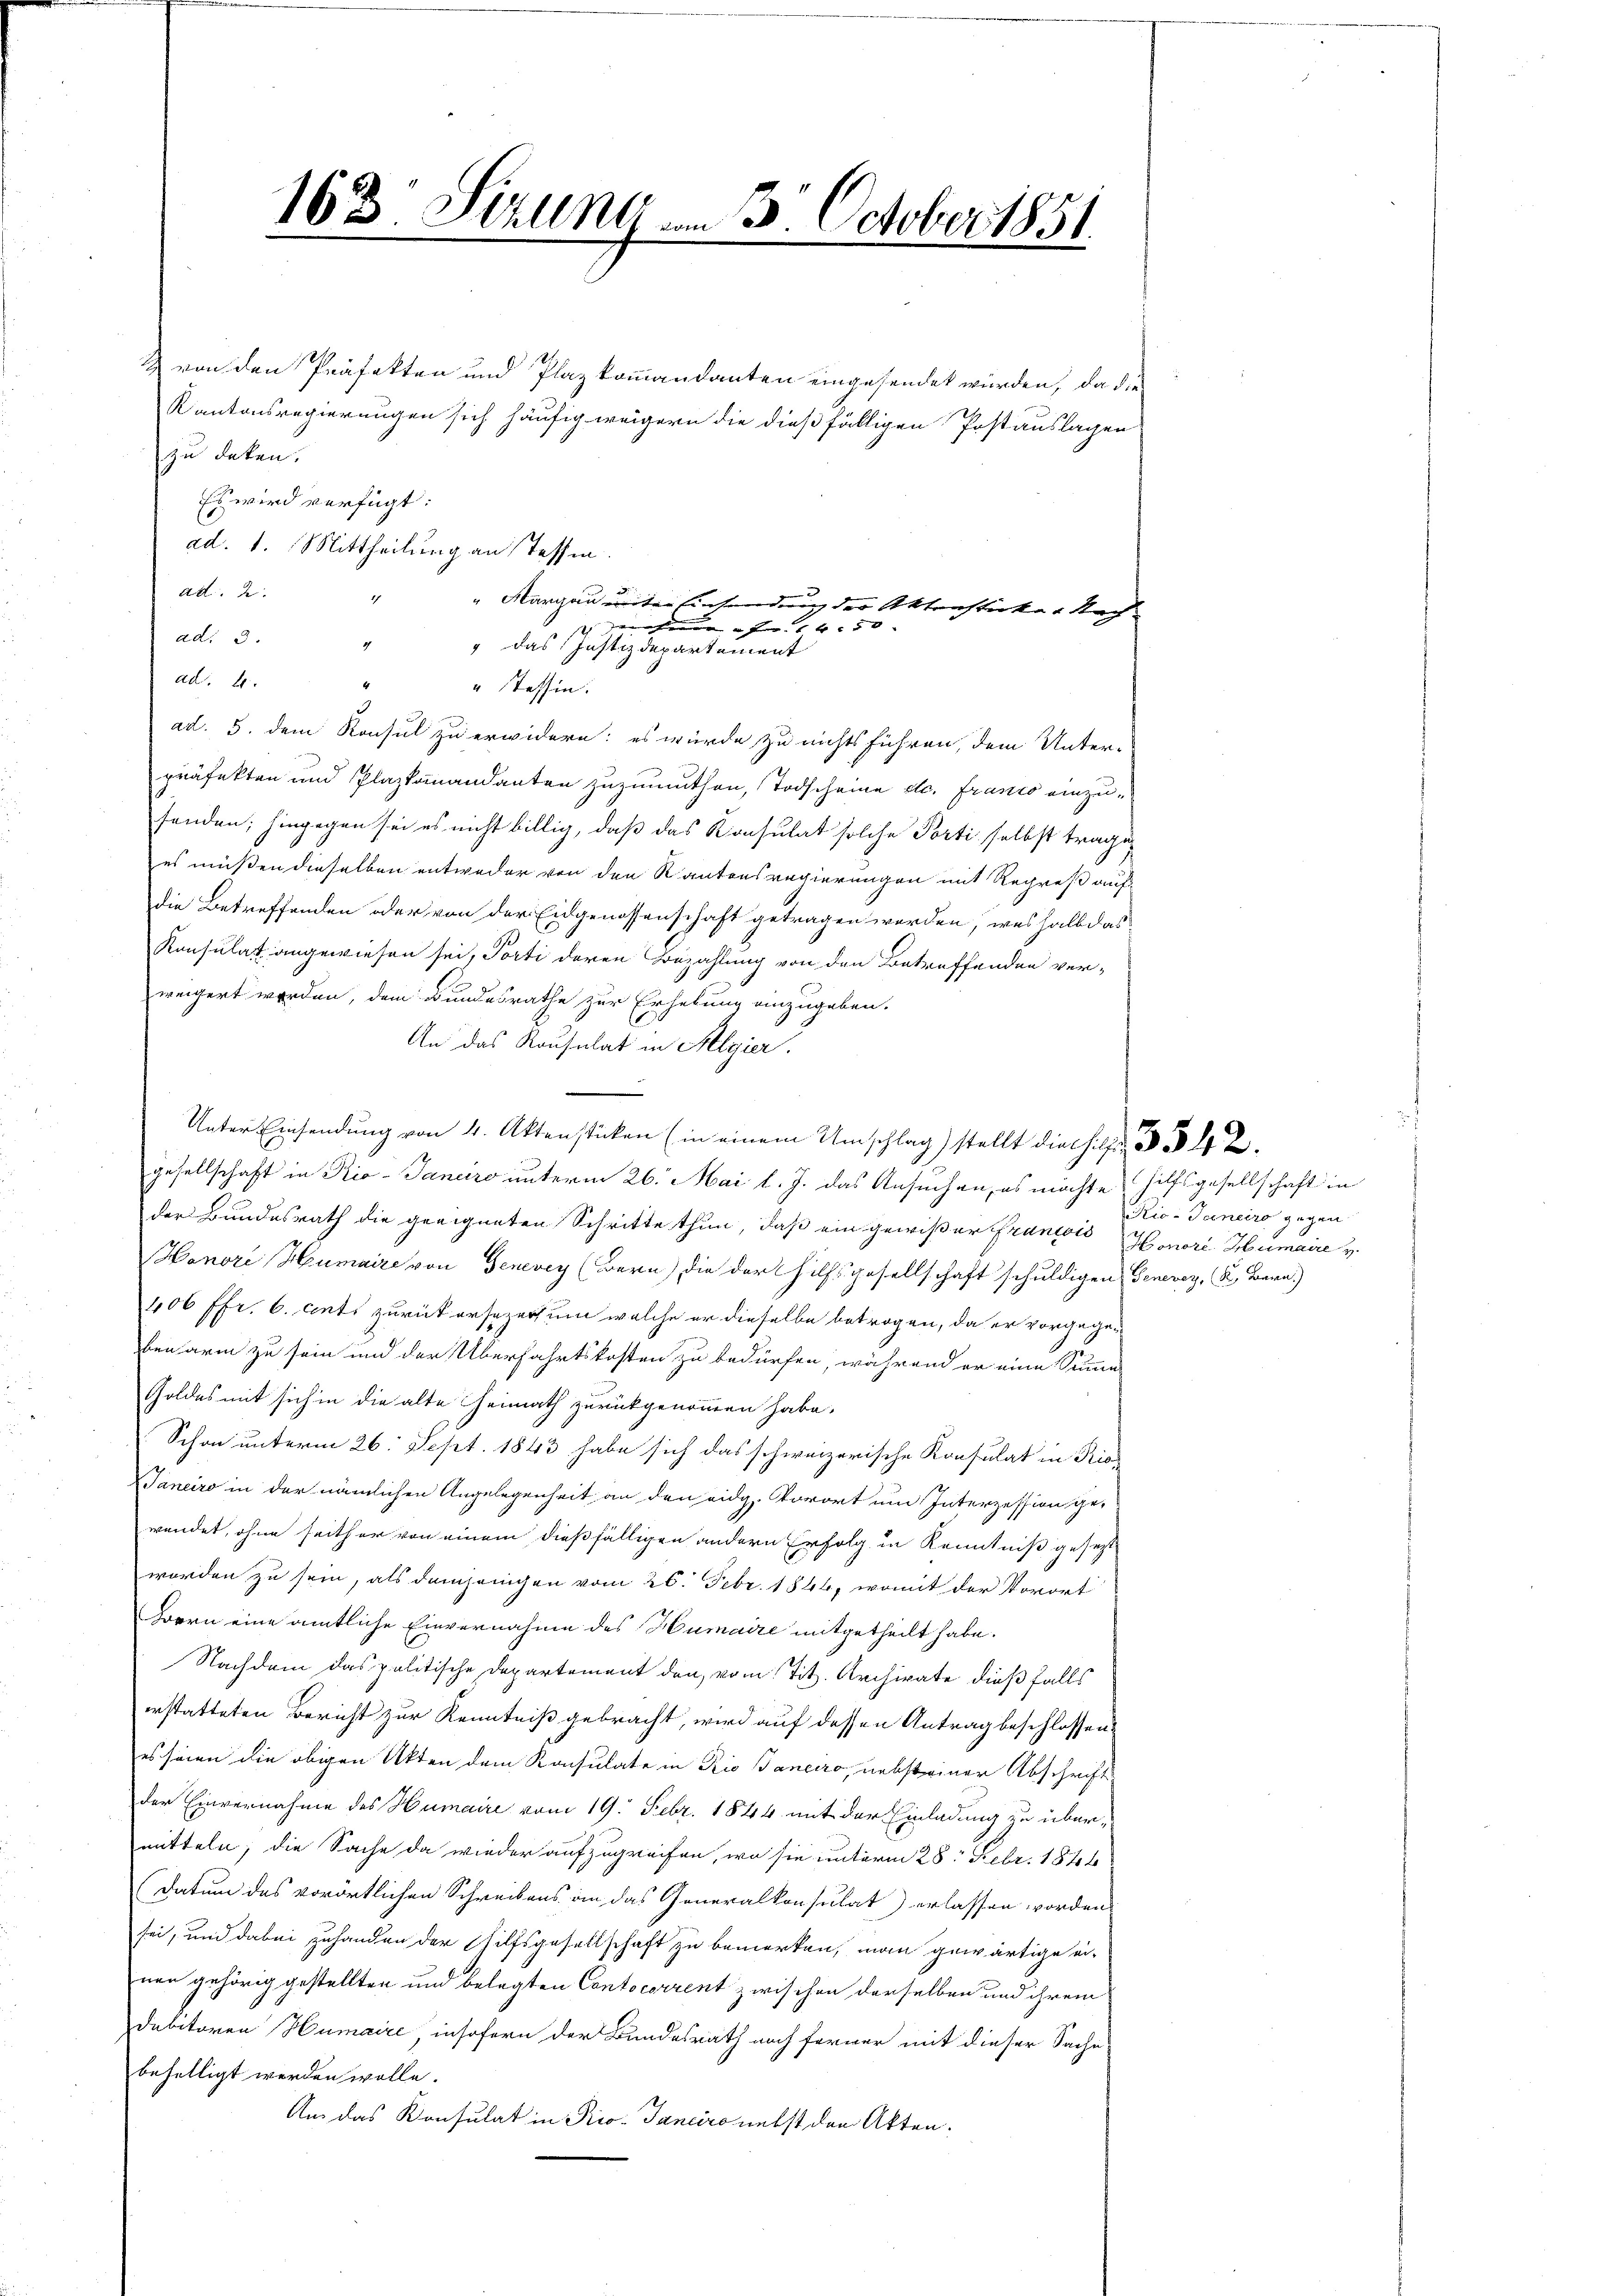
163. Sizung vom 3. October 1851

& von den Präfekten und Plaz kommandanten eingesendet würden, da die
Kantonsregierungen sich häufig weigern die dießfälligen Postauslagen
zu deten.
Es wird verfügt:
ad 2
ad: 3.
ad. 4.
ad. 5. dem Konsul zu erwidern; es würde zu nichts führen, dem Unter-
präfekten und Plaztomandanten zuzumuthen, Todscheine etc. Franco einzufenden; hingegen sei es nicht billig, daß das Konsulat solche Porti selbst trage,
es müßen dieselben entweder von den Kantonsregierungen mit Regreß aufdie Betreffenden oder von der Eidgenossenschaft getragen worden, weshalb das
Konsulat angewiesen sei, Porti deren Bezahlung von den Betreffenden verweigert werden, dem Bundesrathe zur Erhebung anzugeben.
An das Konsulat in Algier.
Unter Einsendung von 4. Aktenstücken (in einem Umschlag) stellt die Hilfe 2
gesellschaft in Rio-Janeiro unterm 26. Mai l. J. das Ansuchen, es möchte hilfsgesellschaft in
der Bundesrath die geeigneten Schritte thun, daß ein gewißer Francois Honori Humaire v.
Honori Humaire von Genevey (Bern) die der Hilfsgesellschaft schuldigen Genevez, K. Bara)
406 ffr. 6. enti zurück ersezer um welche er dieselbe betrogen, da er vorgegebenarm zu sein und der Überfahrtskosten zu bedürfen, während er eine Summe
Goldes mit sich in die alte Heimath zurückgenommen habe.
Schon unterm 26. Sept. 1843 habe sich das schweizerische Konsulat in Rie
Janeiro in der nämlichen Angelegenheit an den eidg. Vorort um Interzession gewendet, ohne seither von einem dießfälligen andern Erfolg in Kenntniß gesezt
worden zu sein, als demjenigen vom 26. Febr. 1846, womit der Vorort
Bern eine amtliche Einvernahme des Humaire mitgetheilt habe.
Nachdem das politische Departement den vom Tit. Archivate dießfalls
erstatteten Bericht zur Kenntniß gebracht, wird auf dessen Antrag beschlossen
es seien die obigen Akten dem Konsulate in Rio Banciro, nebsteiner Abschrift
der Einvernahme des Humaire vom 19. Febr. 1844 mit der Einladung zu übermitteln; die Sache da wieder aufzugreifen, wo sie unterm 28. Febr. 1846
(Datum das vorörtlichen Schreibens an das Generalkonsulat) erlassen worden
sei, und dabei zuhanden der Hilfsgesellschaft zu bemerken, man gewärtige ei-
nen gehörig gestellten und belegten Contocerrent zwischen derselben und ihrem
Debitoren Humaire, insofern der Bundesrath noch former mit dieser Sache
behelligt werden wolle.
An das Konsulat in Rio. Janeiro nebst den Akten.

ad. 1. Mittheilung an Tessin.
.
2
"Margau unter Einsendung der Aktenstücker Nach¬
 dehende u. Fr. 1450
2
 das Justizdepartement
“ Tessin.

Rio-Janeiro gegen